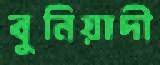
বুনিয়াদী